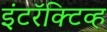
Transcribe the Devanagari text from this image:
इंटरॅक्टिव्ह